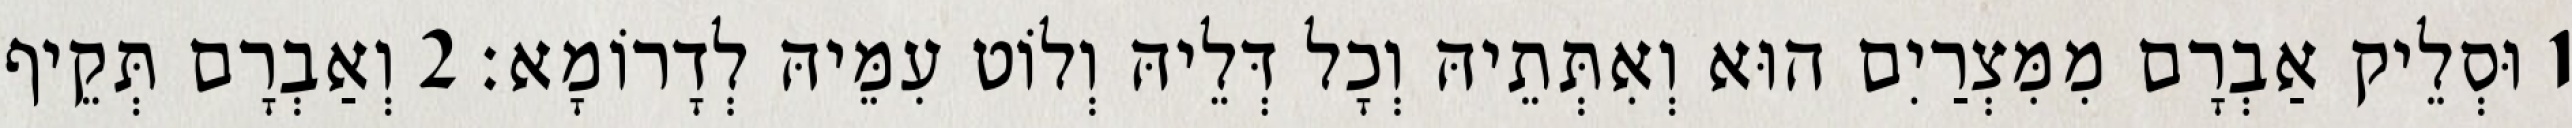
1 וּסְלֵיק אַבְרָם מִמִּצְרַיִם הוּא וְאִתְּתֵיהּ וְכָל דְּלֵיהּ וְלוֹט עִמֵּיהּ לְדָרוֹמָא׃ 2 וְאַבְרָם תְּקֵיף